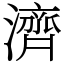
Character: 濟